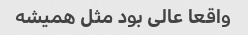
واقعا عالى بود مثل همیشه